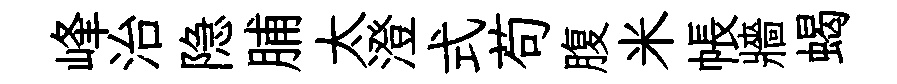
峰治隐脯太澄式苟腹米帳牆蝎